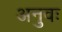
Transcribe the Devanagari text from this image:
अनुवः